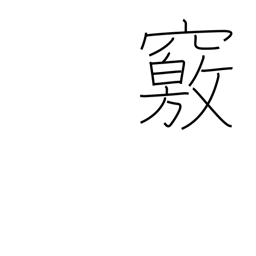
Meaning: cave